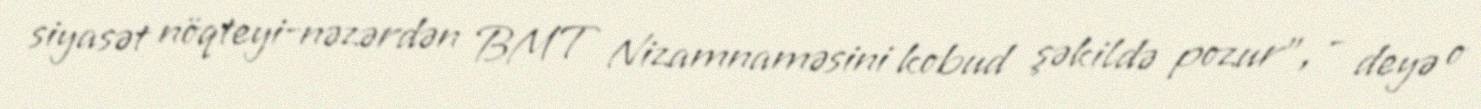
siyasət nöqteyi-nəzərdən BMT Nizamnaməsini kobud şəkildə pozur”, - deyə o